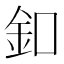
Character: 釦